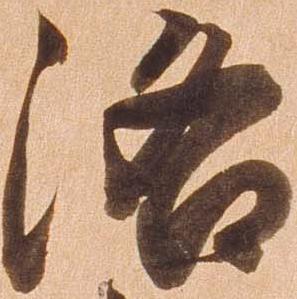
洛